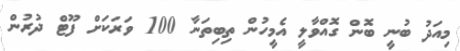
މިއަދު ބުނީ ބޮން ގޮއްވާލީ އެމީހުން ތިބިތަނާ 100 ވަރަކަށް ފޫޓް ދުރުން